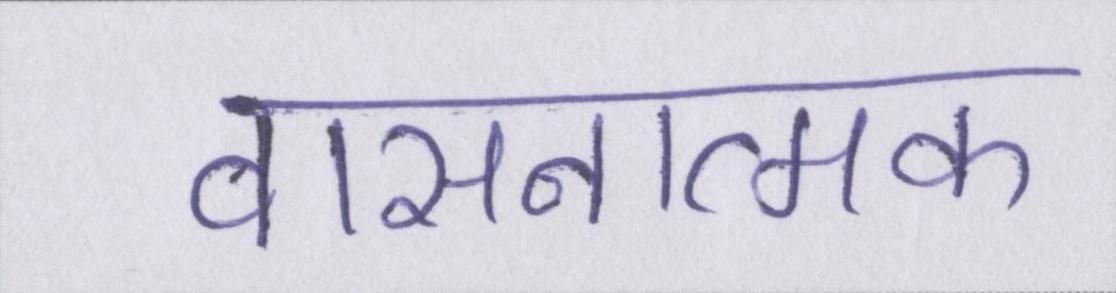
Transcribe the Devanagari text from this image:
वासनात्मक